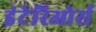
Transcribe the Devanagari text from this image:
इंटेरिओर्स